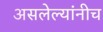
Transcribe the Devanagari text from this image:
असलेल्यांनीच